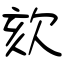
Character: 欬